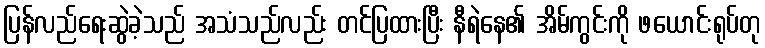
ပြန်လည်ရေးဆွဲခဲ့သည် အသံသည်လည်း တင်ပြထားပြီး နီရဲနေ၏ အိမ်ကွင်းကို ဖယောင်းရုပ်တု